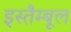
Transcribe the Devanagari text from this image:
इस्तैम्बूल